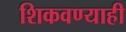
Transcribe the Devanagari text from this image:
शिकवण्याही